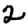
Digit: 2